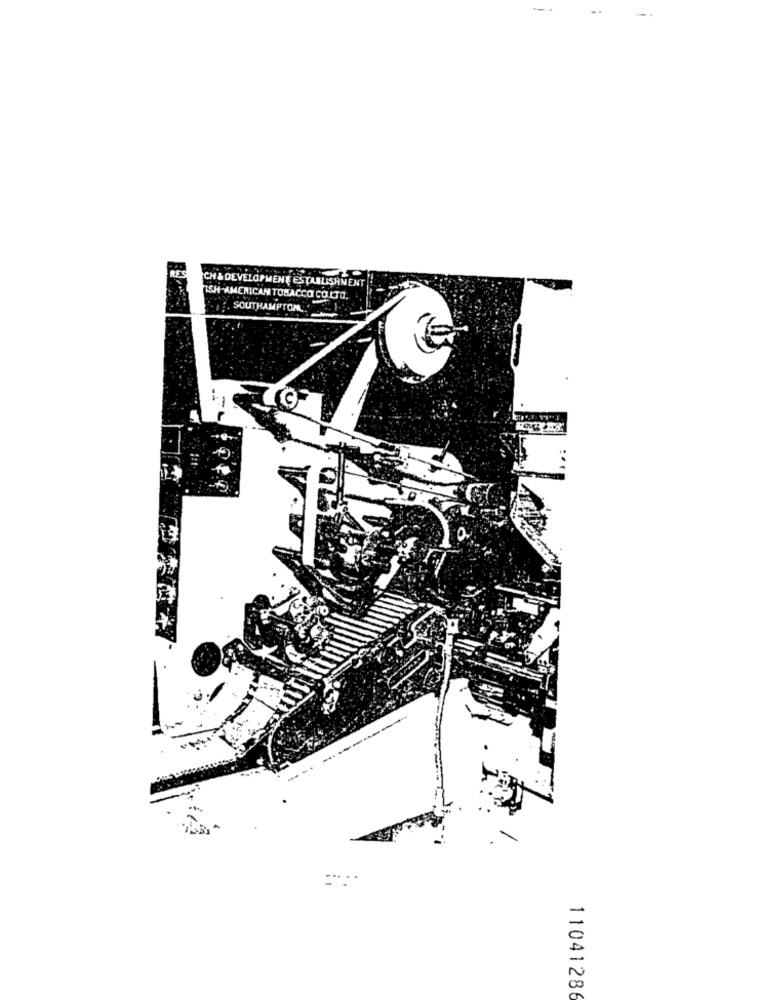
CH & DEVELOPMENT ESTABLISHNEN
ISH AMERICAN TOBACCO COLTD.
. SOUTHAMPTON
---.
11041286